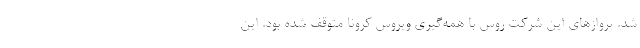
شد. پروازهای این شرکت روس با همه‌گیری ویروس کرونا متوقف شده بود. این